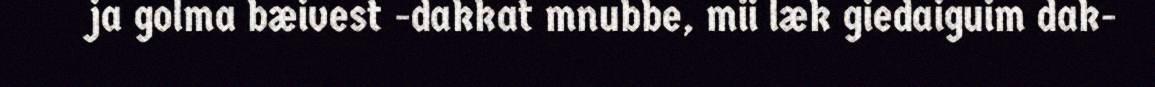
ja golma bæivest -dakkat mnubbe, mii læk giedaiguim dak-